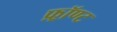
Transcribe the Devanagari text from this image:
फ़्रॉण्ट